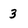
Character: 3